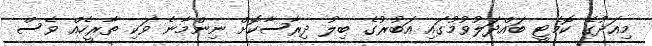
މިއަދުގެ ކޮމެޓީ ބައްދަލުވުމުގައި އަބުރުގެ ބިލު ދިރާސާކޮށް ނިންމާނެ ވަކި ތާރީހެއް ވެސް